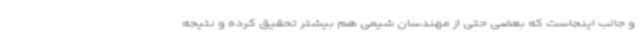
و جالب اینجاست که بعضی حتی از مهندسان شیمی هم بیشتر تحقیق کرده و نتیجه